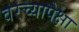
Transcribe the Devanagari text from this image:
वरच्यापेक्षा